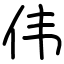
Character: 伟